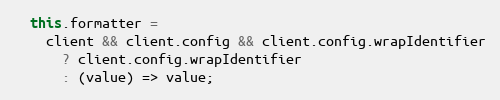
Language: JavaScript
  this.formatter =
    client && client.config && client.config.wrapIdentifier
      ? client.config.wrapIdentifier
      : (value) => value;